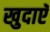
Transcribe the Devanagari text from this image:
खुदाएॅ